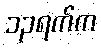
၁၃ရက်က